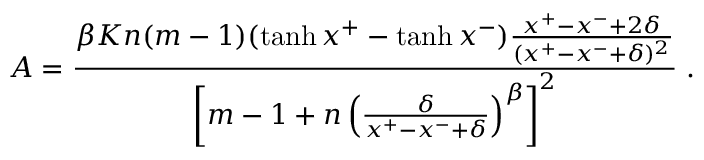
A = \frac { \beta K n ( m - 1 ) ( \operatorname { t a n h } { x ^ { + } } - \operatorname { t a n h } { x ^ { - } } ) \frac { x ^ { + } - x ^ { - } + 2 \delta } { ( x ^ { + } - x ^ { - } + \delta ) ^ { 2 } } } { \left[ m - 1 + n \left( \frac { \delta } { x ^ { + } - x ^ { - } + \delta } \right) ^ { \beta } \right] ^ { 2 } } \; .